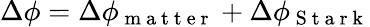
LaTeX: \Delta\phi=\Delta\phi_{\mathrm{~m~a~t~t~e~r~}}+\Delta\phi_{\mathrm{~S~t~a~r~k~}}